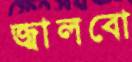
জ্বালবো